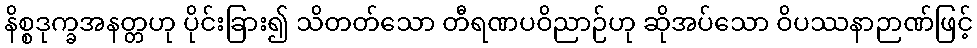
နိစ္စဒုက္ခအနတ္တဟု ပိုင်းခြား၍ သိတတ်သော တီရဏပဝိညာဉ်ဟု ဆိုအပ်သော ဝိပဿနာဉာဏ်ဖြင့်